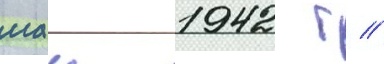
маи 1942 г //